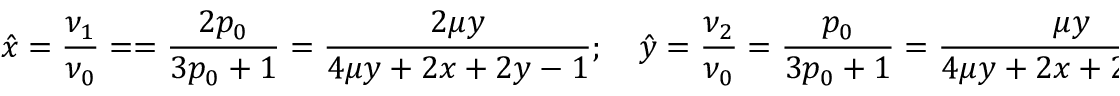
\hat { x } = \frac { \nu _ { 1 } } { \nu _ { 0 } } = = \frac { 2 p _ { 0 } } { 3 p _ { 0 } + 1 } = \frac { 2 \mu y } { 4 \mu y + 2 x + 2 y - 1 } ; \quad \hat { y } = \frac { \nu _ { 2 } } { \nu _ { 0 } } = \frac { p _ { 0 } } { 3 p _ { 0 } + 1 } = \frac { \mu y } { 4 \mu y + 2 x + 2 y - 1 }